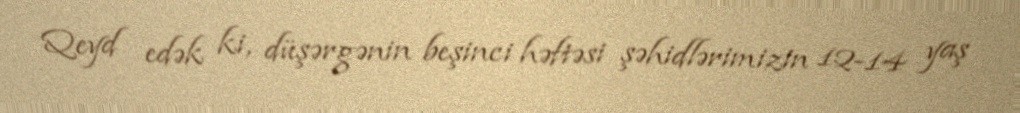
Qeyd edək ki, düşərgənin beşinci həftəsi şəhidlərimizin 12-14 yaş